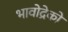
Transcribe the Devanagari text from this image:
भावोद्रेकों